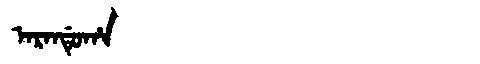
Manchu: ᠠᡵᠠᠨᡩᡠᡥᠠ
Romanization: ARANDUHA